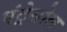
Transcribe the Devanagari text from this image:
एंट्रेसोल